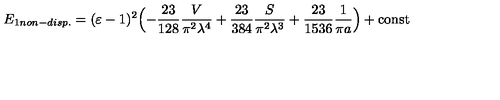
E _ { 1 n o n - d i s p . } = ( \varepsilon - 1 ) ^ { 2 } \Bigl ( - \frac { 2 3 } { 1 2 8 } \frac { V } { \pi ^ { 2 } \lambda ^ { 4 } } + \frac { 2 3 } { 3 8 4 } \frac { S } { \pi ^ { 2 } \lambda ^ { 3 } } + \frac { 2 3 } { 1 5 3 6 } \frac { 1 } { \pi a } \Bigr ) + \mathrm { c o n s t }